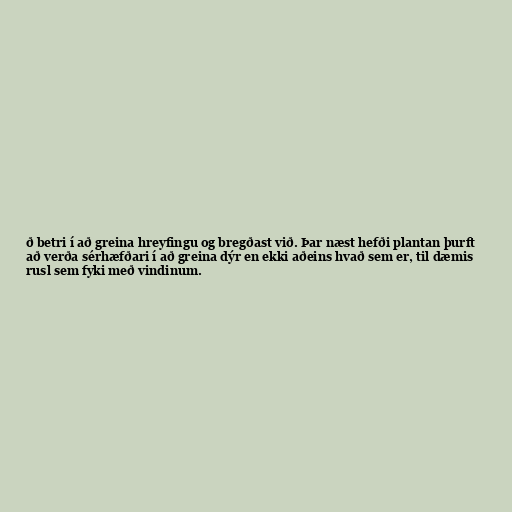
ð betri í að greina hreyfingu og bregðast við. Þar næst hefði plantan þurft
að verða sérhæfðari í að greina dýr en ekki aðeins hvað sem er, til dæmis
rusl sem fyki með vindinum.